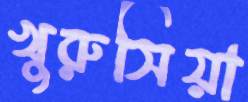
খুরুসিয়া